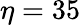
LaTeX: \eta=35